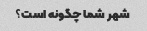
شهر شما چگونه است؟